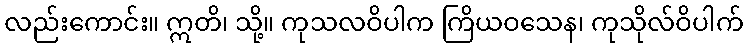
လည်းကောင်း။ ဣတိ၊ သို့။ ကုသလဝိပါက ကြိယဝသေန၊ ကုသိုလ်ဝိပါက်